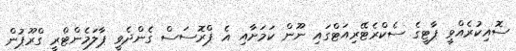
ސޮއިކުރެއްވީ ޕާޓީގެ ސެކްރެޓޭރިއަޓްގައި ނޫން ކަމަށާއި އެ ޕްރޮސަސް ގެންދެވީ ޕާލަމެންޓްރީ ގްރޫޕުން